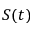
S ( t )